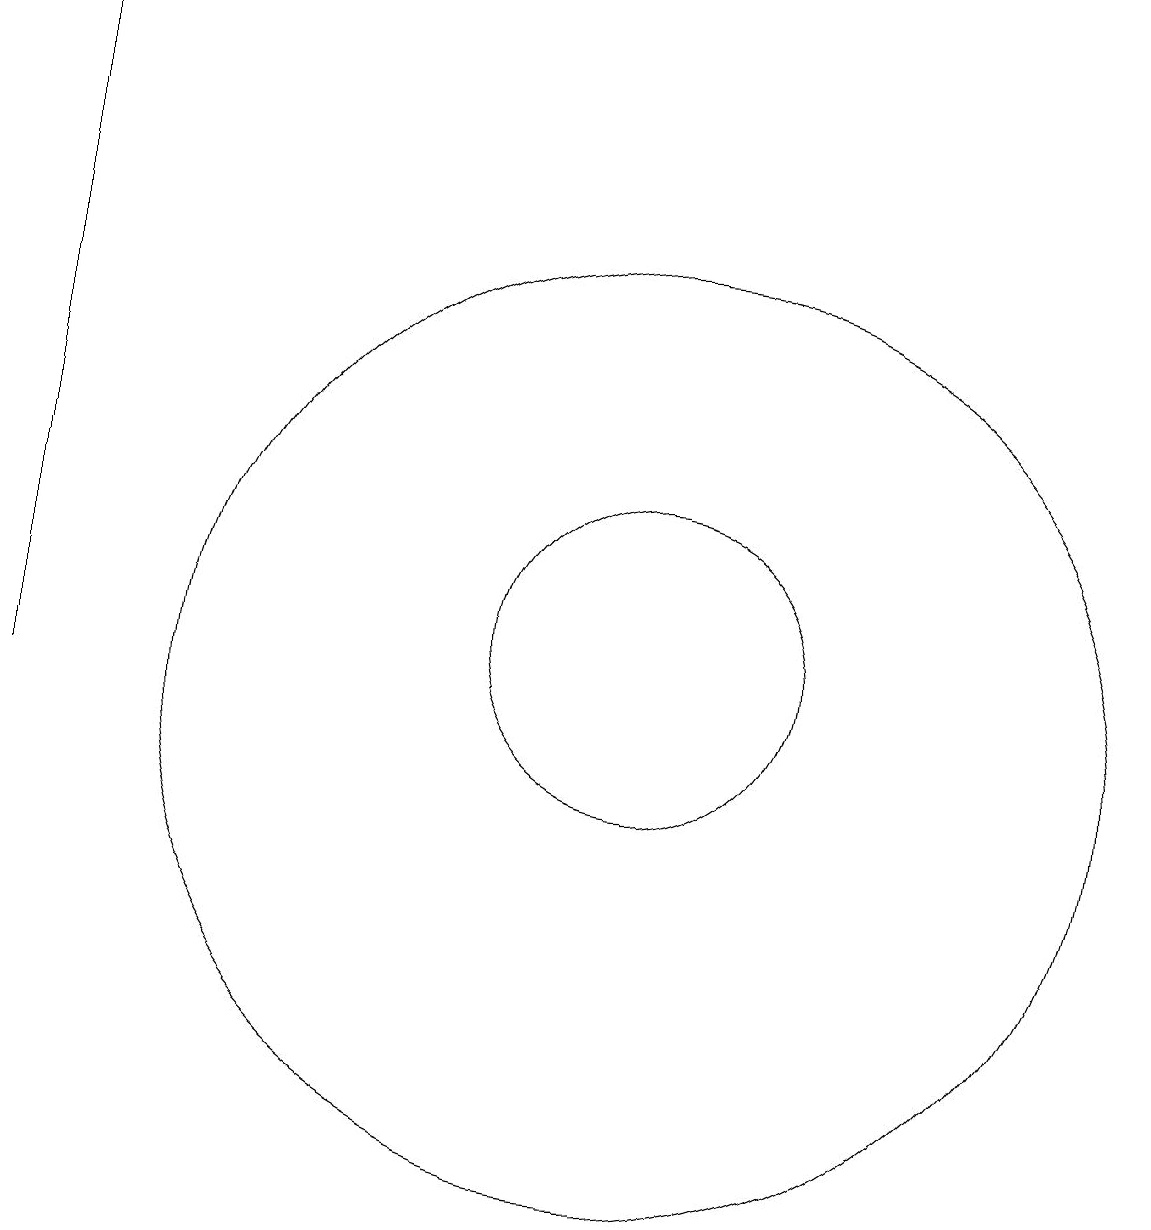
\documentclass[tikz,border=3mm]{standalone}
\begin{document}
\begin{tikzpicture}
\draw (11,10) circle (6);
\draw (11,11) circle (2);
\draw (12,11) circle (0);
\draw (3,19) rectangle (3,10);
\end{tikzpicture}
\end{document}